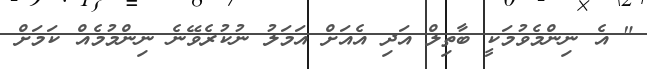
" އެ ނިންމެވުމަކީ ބާތިލް އަދި އެއަށް އަމަލު ނުކުރެވޭނެ ނިންމުމެއް ކަމަށް